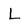
Character: L